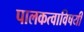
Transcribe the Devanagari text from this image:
पालकत्वाविषयी